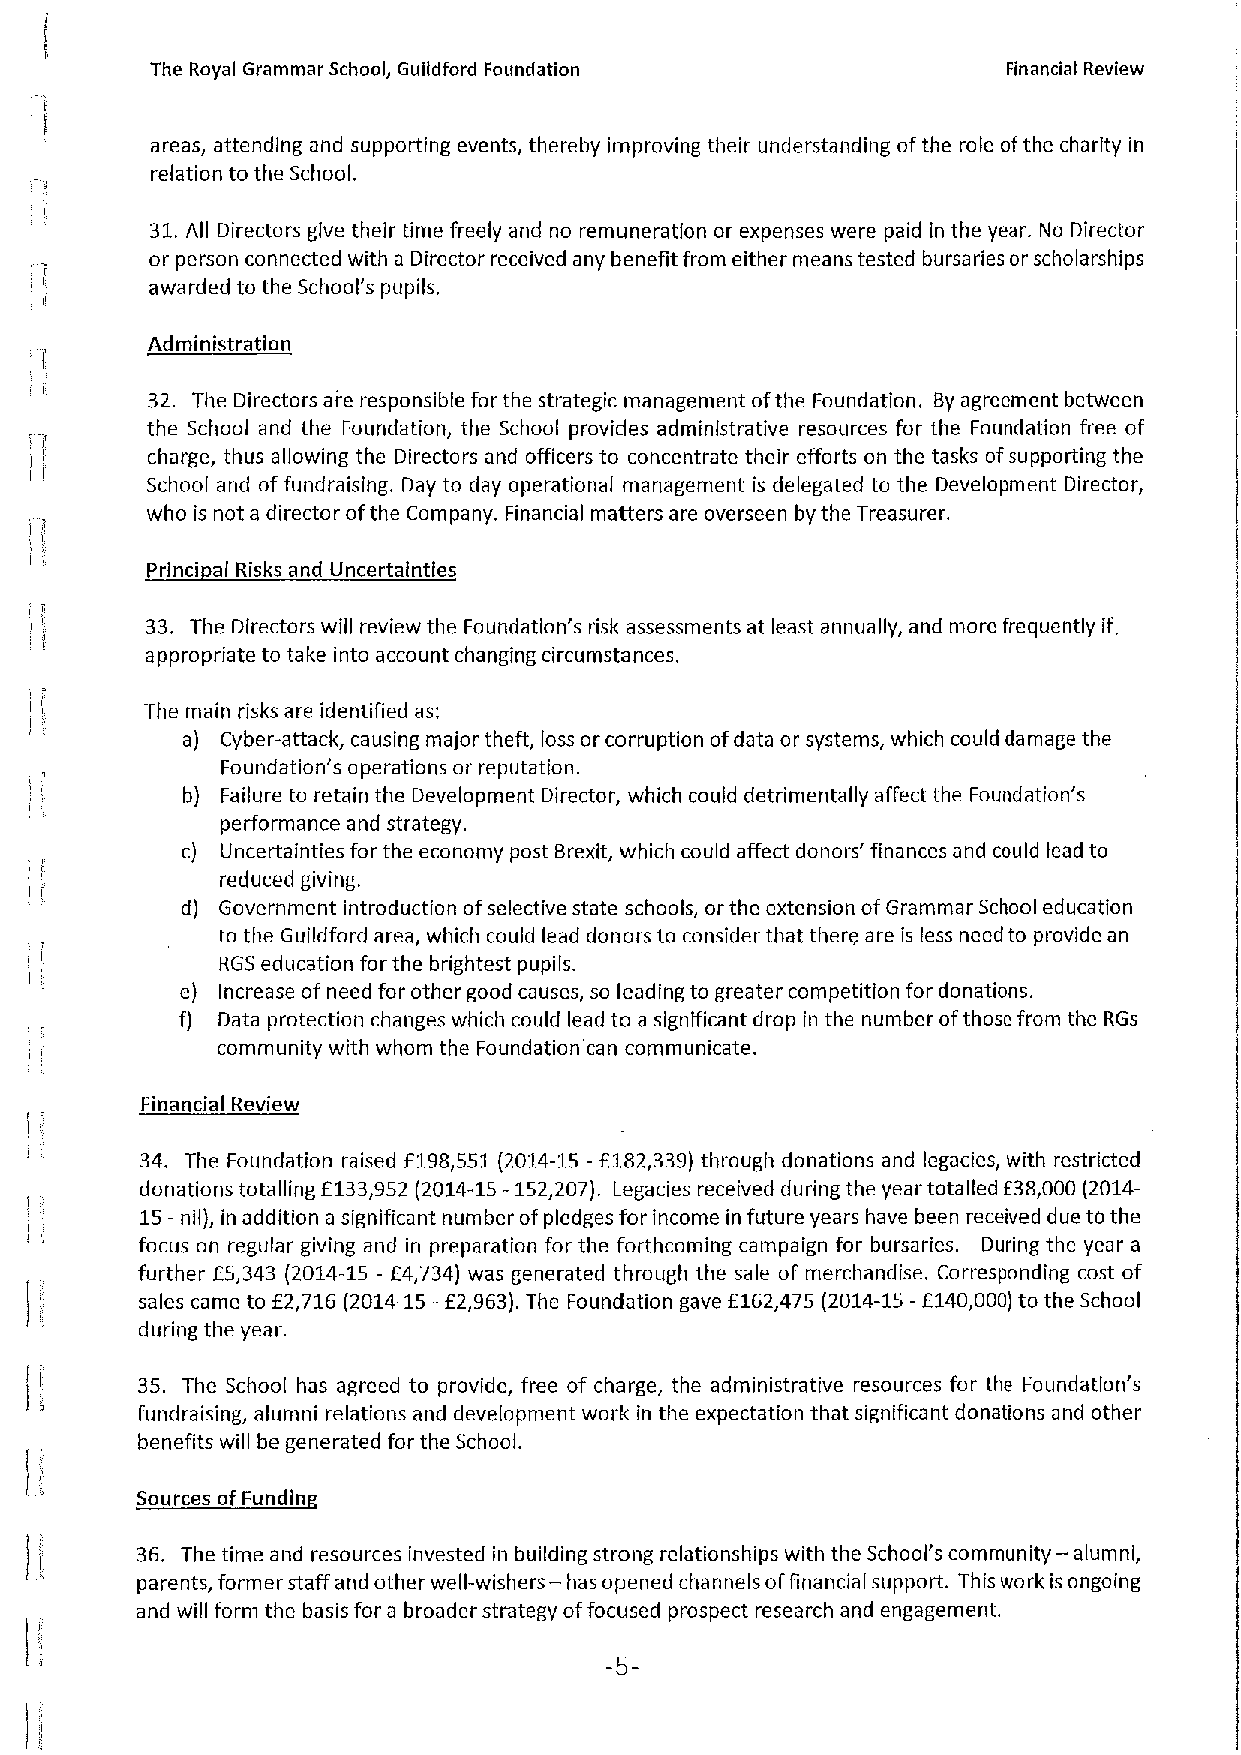
The Royal Grammar School, Guildford Foundation           Financial Review
 areas, attending and supporting events, thereby improving their understanding ofthe role ofthe charity in
 relation to the School.
 31. All Directors give their time freely and no remuneration or expenses were paid in the year. No Director
 or person connected with a Director received any benefit from either means tested bursa ries or scholarships
 awarded to the School's pupils.
 Administration
 32. The Directors are responsible for the strategic management ofthe Foundation, By agreement between
 the School and the Foundation, the School provides administrative resources for the Foundation free of
 charge, thus allowing the Directors and officers to concentrate their efforts on the tasks ofsupporting the
 School and of fundraising. Day to day operational management is delegated to the Development Director,
 who is not a director ofthe Company. Financial matters are overseen by the Treasurer.
 Prlnci al Risks and Uncertainties
 33. The Directors will review the Foundation's risk assessments at least annually, and more frequently if
 appropriate to take into account changing circumstances.
 The main risks are identified as:
 a) Cyber-attack, causing major theft, loss or corruption ofdata or systems, which could damage the
 Foundation's operations ar reputation.
 b) Failure ta retain the Development Director, which could detrimentally affect the Foundation's
 performance and strategy.
 c) Uncertainties for the economy post Brexit, which could affect donors' finances and could lead to
 reduced giving.
 d) Government introduction ofselective state schools, or the extension ofGrammar School education
 to the Guildford area, which could lead donors to consider that there are is less need to provide an
 RGS education for the brightest pupils.
 e) Increase of need for other good causes, so leading to greater competition for donations.
 f) Data protection changes which could lead to a significant drop in the number ofthose from the RGs
 community with whom the Foundation'can communicate.
 Financial Review
 34. The Foundation raised f198,551 (2014-15—f182,339)through donations and legacies, with restricted
 donations totalling 6133,952 (2014-15—152,207). Legacies received during the year totalled 638,000 (2014-
 15—nil), in addition a significant number ofpledges for income in future years have been received due to the
 focus on regular giving and in preparation for the forthcoming campaign for bursaries. During the year a
 further E5,343 (2014-15 —E4,734) was generated through the sale of merchandise. Corresponding cost of
 sales came to 62,716(2014-15—f 2,963).The Foundation gave f162,475 (2014-15—f140,000)to the School
 during the year.
 35. The Schoo( has agreed to provide, free of charge, the administrative resources for the Foundation's
 fundraising, alumni relations and development work in the expectation that significant donations and other
 benefits will be generated for the School.
 s     ff sfs
 36. The time and resources invested in building strong relationships with the School's community — alumni,
 parents, former staff and other well-wishers — has opened channels offinancial support. This work is ongoing
 and will form the basis for a broader strategy offocused prospect research and engagement.